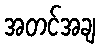
အတင်အချ